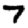
Digit: 7